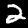
Digit: 2